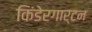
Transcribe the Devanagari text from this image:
किंडेरगार्टन